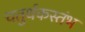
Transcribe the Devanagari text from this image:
चतुर्थकस्तंभ